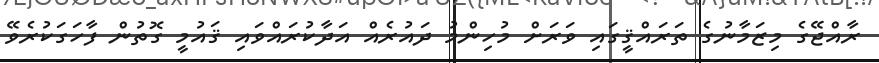
ރާއްޖޭގެ މިޒަމާނުގެ ތަރައްޤީގައި ވަރަށް މުހިންމު ދައުރެއް އަދާކުރައްވައި ޤައުމީ ގޮތުން ފާހަގަކުރެވޭ